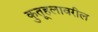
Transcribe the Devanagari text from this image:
कुतूहलावरील